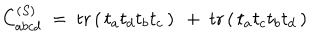
LaTeX: C _ { a b c d } ^ { ( S ) } \ = \ \mathrm { t r } \left( \, t _ { a } t _ { d } t _ { b } t _ { c } \, \right) \ + \ \mathrm { t r } \left( \, t _ { a } t _ { c } t _ { b } t _ { d } \, \right)